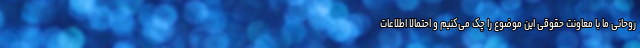
روحانی ما با معاونت حقوقی این موضوع را چک می‌کنیم و احتمالا اطلاعات